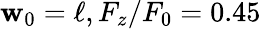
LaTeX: \mathbf{w}_{0}=\ell,F_{z}/F_{0}=0.45